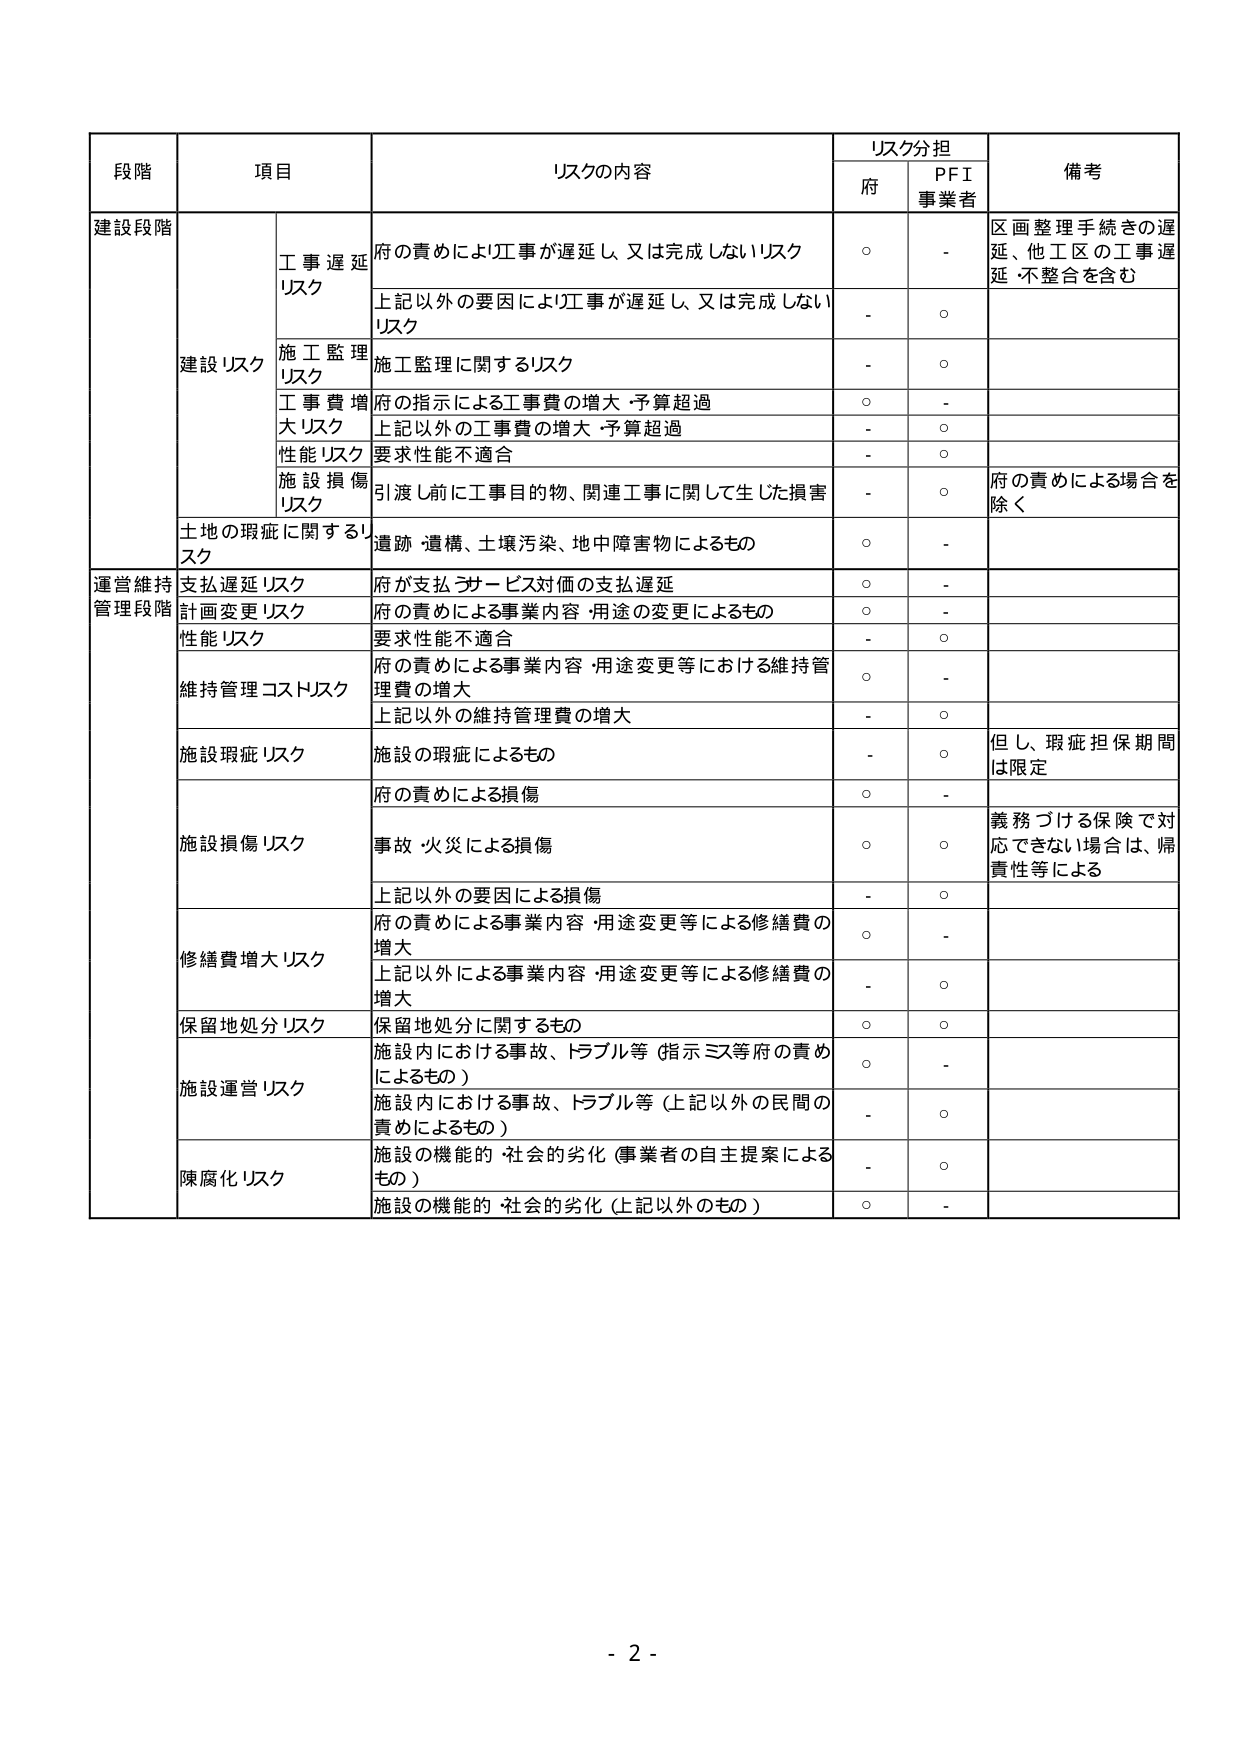
段階 項目 リスクの内容 リスク分担 備考 府 PFI 事業者 建設段階 建設リスク 工事遅延リスク 府の責めにより工事が遅延し、又は完成しないリスク ○ - 区画整理手続きの遅延、他工区の工事遅延・不整合を含む 上記以外の要因により工事が遅延し、又は完成しないリスク - ○ 施工監理リスク 施工監理に関するリスク - ○ 工事費増大リスク 府の指示による工事費の増大・予算超過 ○ - 上記以外の工事費の増大・予算超過 - ○ 性能リスク 要求性能不適合 - ○ 施設損傷リスク 引渡し前に工事目的物、関連工事に関して生じた損害 - ○ 府の責めによる場合を除く 土地の瑕疵に関するリスク 遺跡・遺構、土壌汚染、地中障害物によるもの ○ - 運営維持管理段階 支払遅延リスク 府が支払うサービス対価の支払遅延 ○ - 計画変更リスク 府の責めによる事業内容・用途の変更によるもの ○ - 性能リスク 要求性能不適合 - ○ 維持管理コストリスク 府の責めによる事業内容・用途変更等における維持管理費の増大 ○ - 上記以外の維持管理費の増大 - ○ 施設瑕疵リスク 施設の瑕疵によるもの - ○ 但し、瑕疵担保期間は限定 施設損傷リスク 府の責めによる損傷 ○ - 事故・火災による損傷 ○ ○ 義務づける保険で対応できない場合は、帰責性等による 上記以外の要因による損傷 - ○ 修繕費増大リスク 府の責めによる事業内容・用途変更等による修繕費の増大 ○ - 上記以外による事業内容・用途変更等による修繕費の増大 - ○ 保留地処分リスク 保留地処分に関するもの ○ ○ 施設運営リスク 施設内における事故、トラブル等（指示ミス等府の責めによるもの） ○ - 施設内における事故、トラブル等（上記以外の民間の責めによるもの） - ○ 陳腐化リスク 施設の機能的・社会的劣化（事業者の自主提案によるもの） - ○ 施設の機能的・社会的劣化（上記以外のもの） ○ - - 2 -